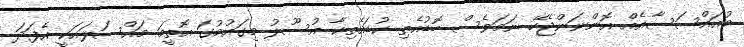
މުއައްސަސާއެއް އޮންނަންޖެހޭ ނަމަވެސް ބޮޑުއެތި ކުޑައެތިކާ އުސޫލު މިގައުމުގަ އޮތީމަ މައްސަލައަކީ އެފަދަ